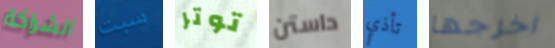
الشراكة سبت توتر داستن تأذي اخرجها